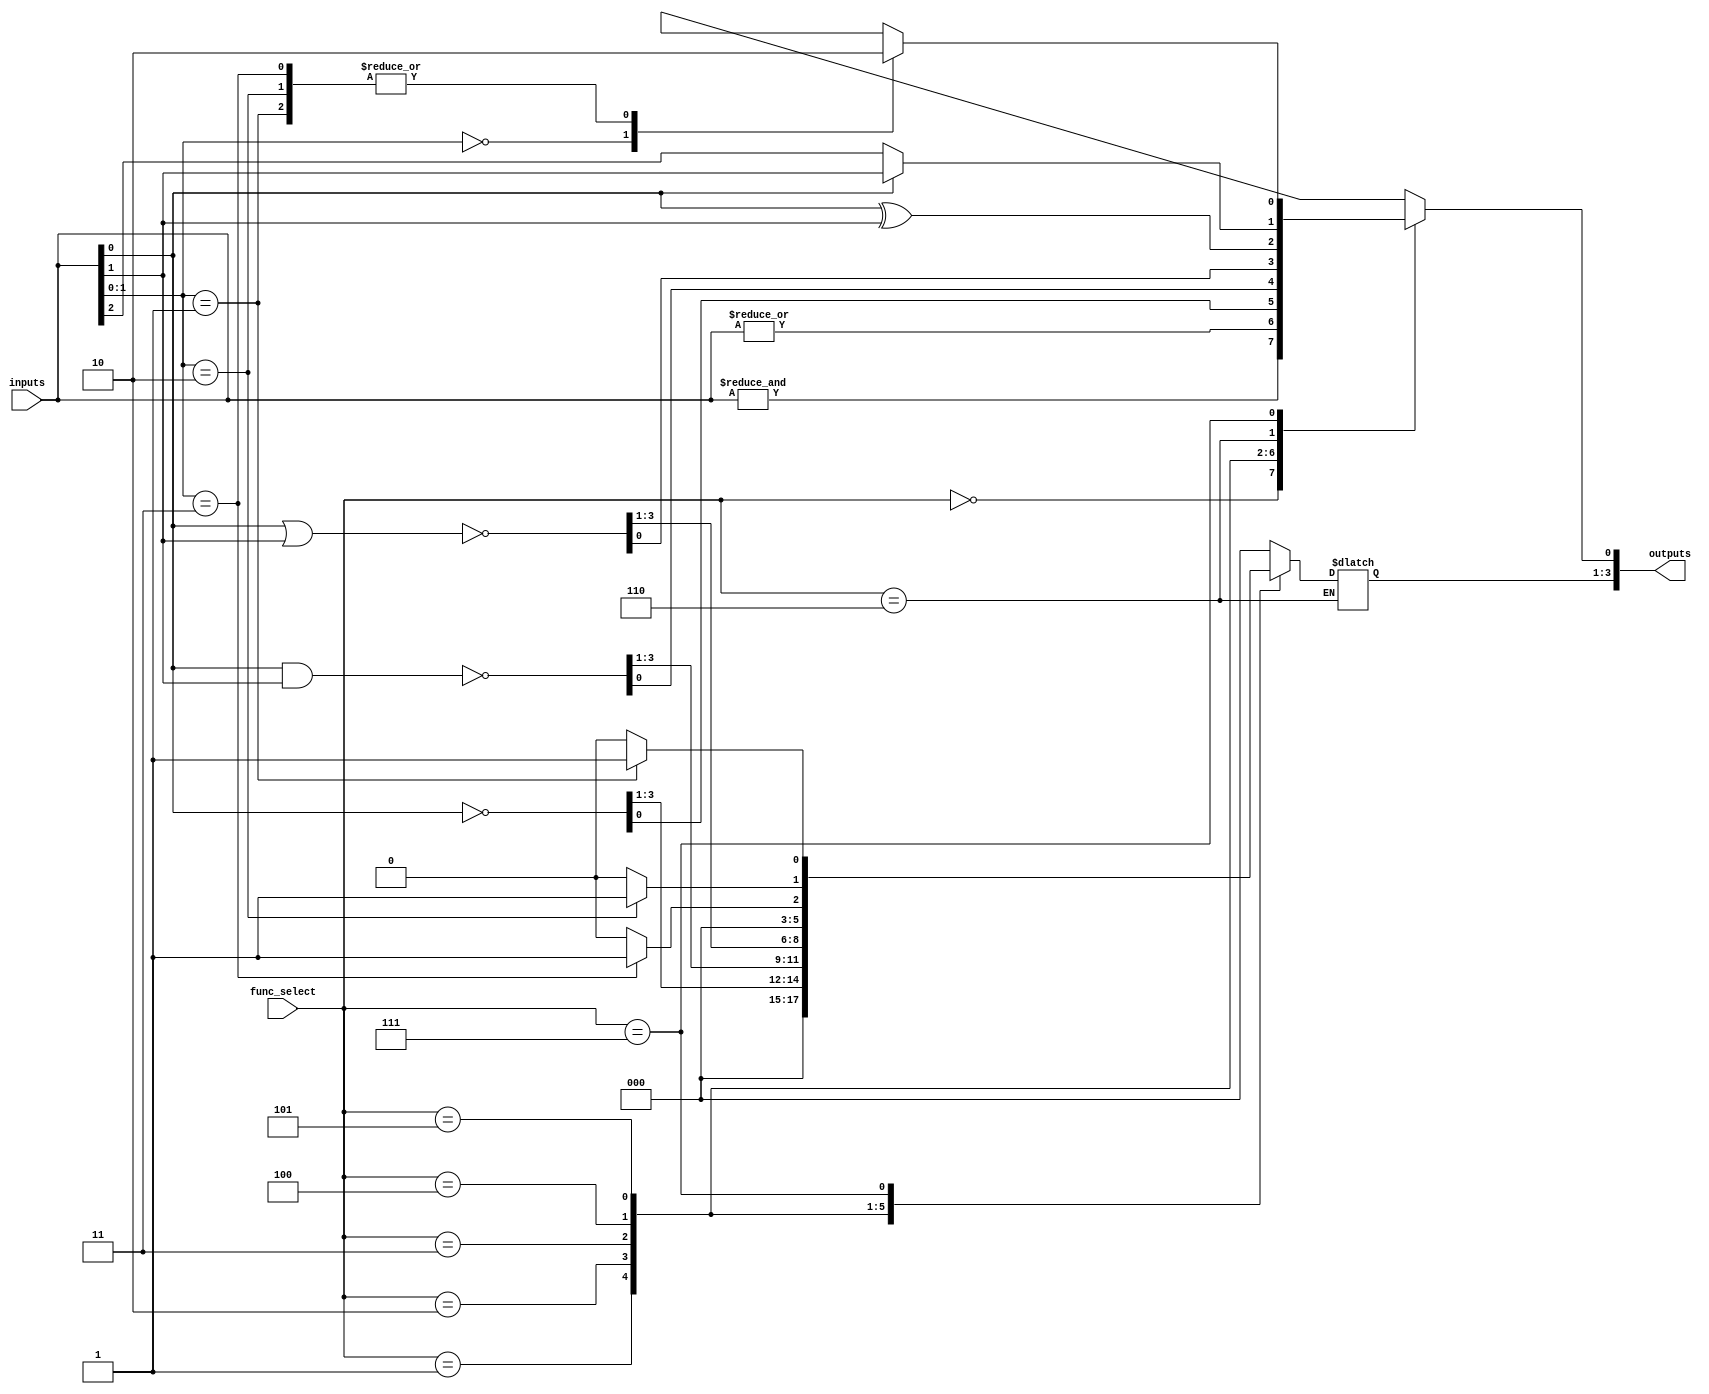
module combinational_logic_blocks #(
    parameter NUM_INPUTS = 4, // Configurable number of inputs (2 to 16)
    parameter NUM_OUTPUTS = 4  // Configurable number of outputs
)(
    input  [NUM_INPUTS-1:0]  inputs,      // Input signals
    input  [2:0]              func_select, // Function select signal
    output reg [NUM_OUTPUTS-1:0] outputs   // Output signals
);

// Function select encoding
localparam AND_FUNC = 3'b000;
localparam OR_FUNC  = 3'b001;
localparam NOT_FUNC = 3'b010;
localparam NAND_FUNC = 3'b011;
localparam NOR_FUNC  = 3'b100;
localparam XOR_FUNC  = 3'b101;
localparam MUX_FUNC  = 3'b110; // 2-to-1 MUX
localparam DECODER_FUNC = 3'b111; // 2-to-4 Decoder

always @(*) begin
    case (func_select)
        AND_FUNC: begin
            outputs = &inputs; // AND operation
        end
        OR_FUNC: begin
            outputs = |inputs; // OR operation
        end
        NOT_FUNC: begin
            outputs = ~inputs[0]; // NOT operation on the first input
        end
        NAND_FUNC: begin
            outputs = ~(inputs[0] & inputs[1]); // NAND operation on first two inputs
        end
        NOR_FUNC: begin
            outputs = ~(inputs[0] | inputs[1]); // NOR operation on first two inputs
        end
        XOR_FUNC: begin
            outputs = inputs[0] ^ inputs[1]; // XOR operation on first two inputs
        end
        MUX_FUNC: begin
            // 2-to-1 MUX: outputs[0] = inputs[0] if select = 0, else inputs[1]
            outputs[0] = inputs[0] ? inputs[1] : inputs[2];
        end
        DECODER_FUNC: begin
            // 2-to-4 Decoder
            outputs = 4'b0000; // Default
            case (inputs[1:0]) // Use the first 2 bits for decoding
                2'b00: outputs[0] = 1'b1;
                2'b01: outputs[1] = 1'b1;
                2'b10: outputs[2] = 1'b1;
                2'b11: outputs[3] = 1'b1;
            endcase
        end
        default: begin
            outputs = {NUM_OUTPUTS{1'b0}}; // Default case
        end
    endcase
end

endmodule